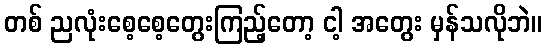
တစ် ညလုံးစေ့စေ့တွေးကြည့်တော့ ငါ့ အတွေး မှန်သလိုဘဲ။